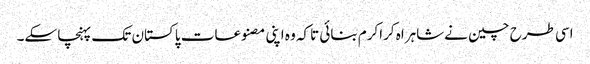
اسی طرح چین نےشاہراہ کراکرم بنائی تاکہ وہ اپنی مصنوعات پاکستان تک پہنچا سکے۔